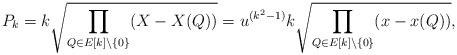
LaTeX: \begin{align*}P_{k} = k \sqrt{\prod_{Q\in E[k]\setminus\{0\}} (X-X(Q))} = u^{(k^2-1)} k \sqrt{\prod_{Q\in E[k]\setminus\{0\}} (x-x(Q))},\end{align*}